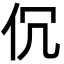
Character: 伔